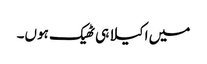
میں اکیلا ہی ٹھیک ہوں۔